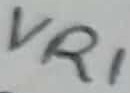
Text: VR1